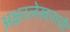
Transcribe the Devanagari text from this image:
अक्षरलेखनाची